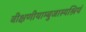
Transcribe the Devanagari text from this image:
वीक्षणीयाम्बुजास्यश्रियं